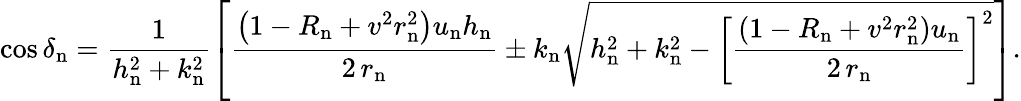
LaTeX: \cos\delta_{\mathrm{n}}=\frac{1}{h_{\mathrm{n}}^{2}+k_{\mathrm{n}}^{2}}\left[\frac{\left(1-R_{\mathrm{n}}+v^{2}r_{\mathrm{n}}^{2}\right)u_{\mathrm{n}}h_{\mathrm{n}}}{2\, r_{\mathrm{n}}}\pm k_{\mathrm{n}}\sqrt{h_{\mathrm{n}}^{2}+k_{\mathrm{n}}^{2}-\left[\frac{\left(1-R_{\mathrm{n}}+v^{2}r_{\mathrm{n}}^{2}\right)u_{\mathrm{n}}}{2\, r_{\mathrm{n}}}\right]^{2}}\right].